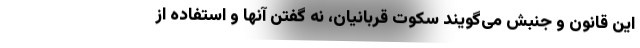
این قانون و جنبش می‌گویند سکوت قربانیان، نه گفتن آنها و استفاده از